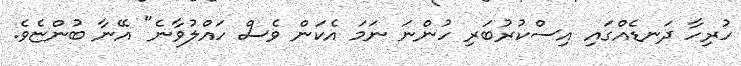
ހުރިހާ ދަނޑެއްގައި އިސްކުރުބަރި ހުންނަ ނަމަ އެކަން ވެސް ހައްލުވާނެ" އޭނާ ބުންޏެވެ.